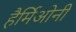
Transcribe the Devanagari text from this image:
हैर्मिओनी